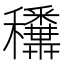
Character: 𥤑